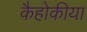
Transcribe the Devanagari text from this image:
कैहोकीया